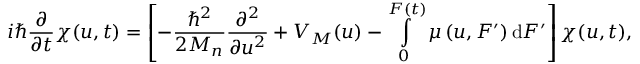
i \hbar \frac { \partial } { \partial t } \chi ( u , t ) = \left[ - \frac { \hbar ^ { 2 } } { 2 M _ { n } } \frac { \partial ^ { 2 } } { \partial u ^ { 2 } } + V _ { M } ( u ) - \intop _ { 0 } ^ { F \left( t \right) } \mu \left( u , F ^ { \prime } \right) \mathrm { d } F ^ { \prime } \right] \chi ( u , t ) ,